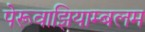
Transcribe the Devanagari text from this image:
पेरूवाझियाम्बलम